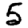
Digit: 5